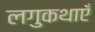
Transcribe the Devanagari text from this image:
लगुकथाएँ